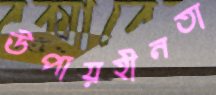
উপায়হীনতা